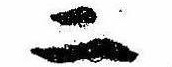
二